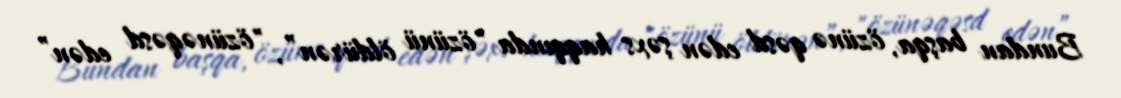
Bundan başqa, özünə qəsd edən şəxs haqqında "özünü öldürən”, "özünəqəsd edən”